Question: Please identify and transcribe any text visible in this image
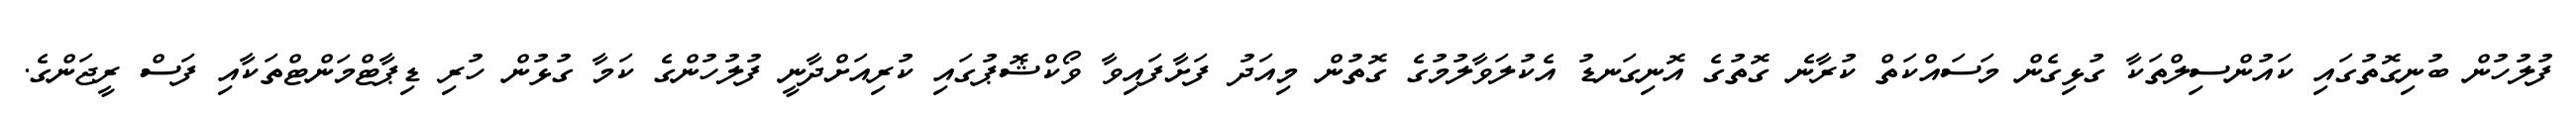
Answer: ފުލުހުން ބުނިގޮތުގައި ކައުންސިލްތަކާ ގުޅިގެން މަސައްކަތް ކުރާނެ ގޮތުގެ އޮނިގަނޑު އެކުލަވާލުމުގެ ގޮތުން މިއަދު ފަށާފައިވާ ވޯކްޝޮޕުގައި ކުރިއަށްދާނީ ފުލުހުންގެ ކަމާ ގުޅުން ހުރި ޑިޕާޓްމަންޓްތަކާއި ފަސް ރީޖަންގެ.